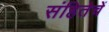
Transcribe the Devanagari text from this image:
संहितेचें